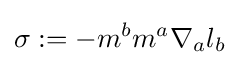
\sigma :=-m^{b}m^{a}\nabla _{a}l_{b}